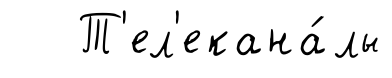
Т'ел'екана́лы